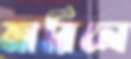
মারিলে